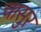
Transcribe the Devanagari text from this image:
चासुर